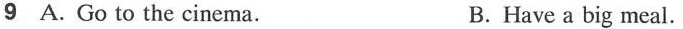
9 A. Go to the cinema. B. Have a big meal.